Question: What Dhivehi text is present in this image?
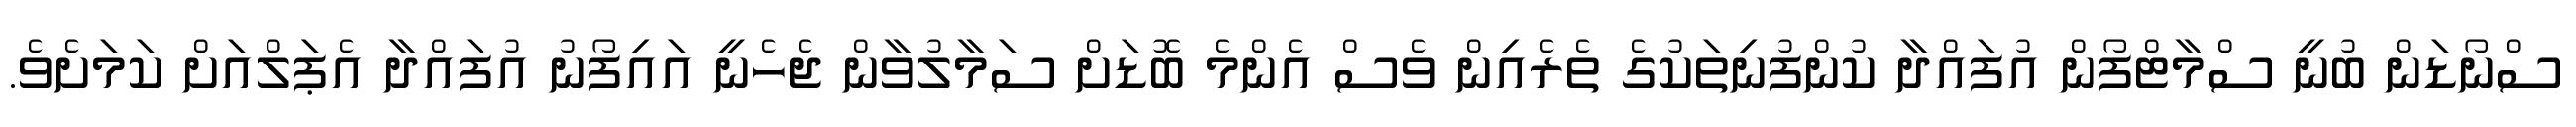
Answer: ސްނޯޑަން ބުނީ ސްމާޓްފޯން އުފައްދާ ކުންފުނިތަކުގެ ތެރެއިން ވެސް އެންމެ ބޮޑަށް ސަމާލުވާން ޖެހެނީ އައިފޯނު އުފައްދާ އެޕަލްއަށް ކަމަށެވެ.